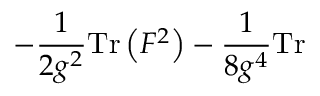
- \frac { 1 } { 2 g ^ { 2 } } \mathrm { T r } \left( F ^ { 2 } \right) - \frac { 1 } { 8 g ^ { 4 } } \mathrm { T r }